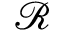
\mathcal { R }